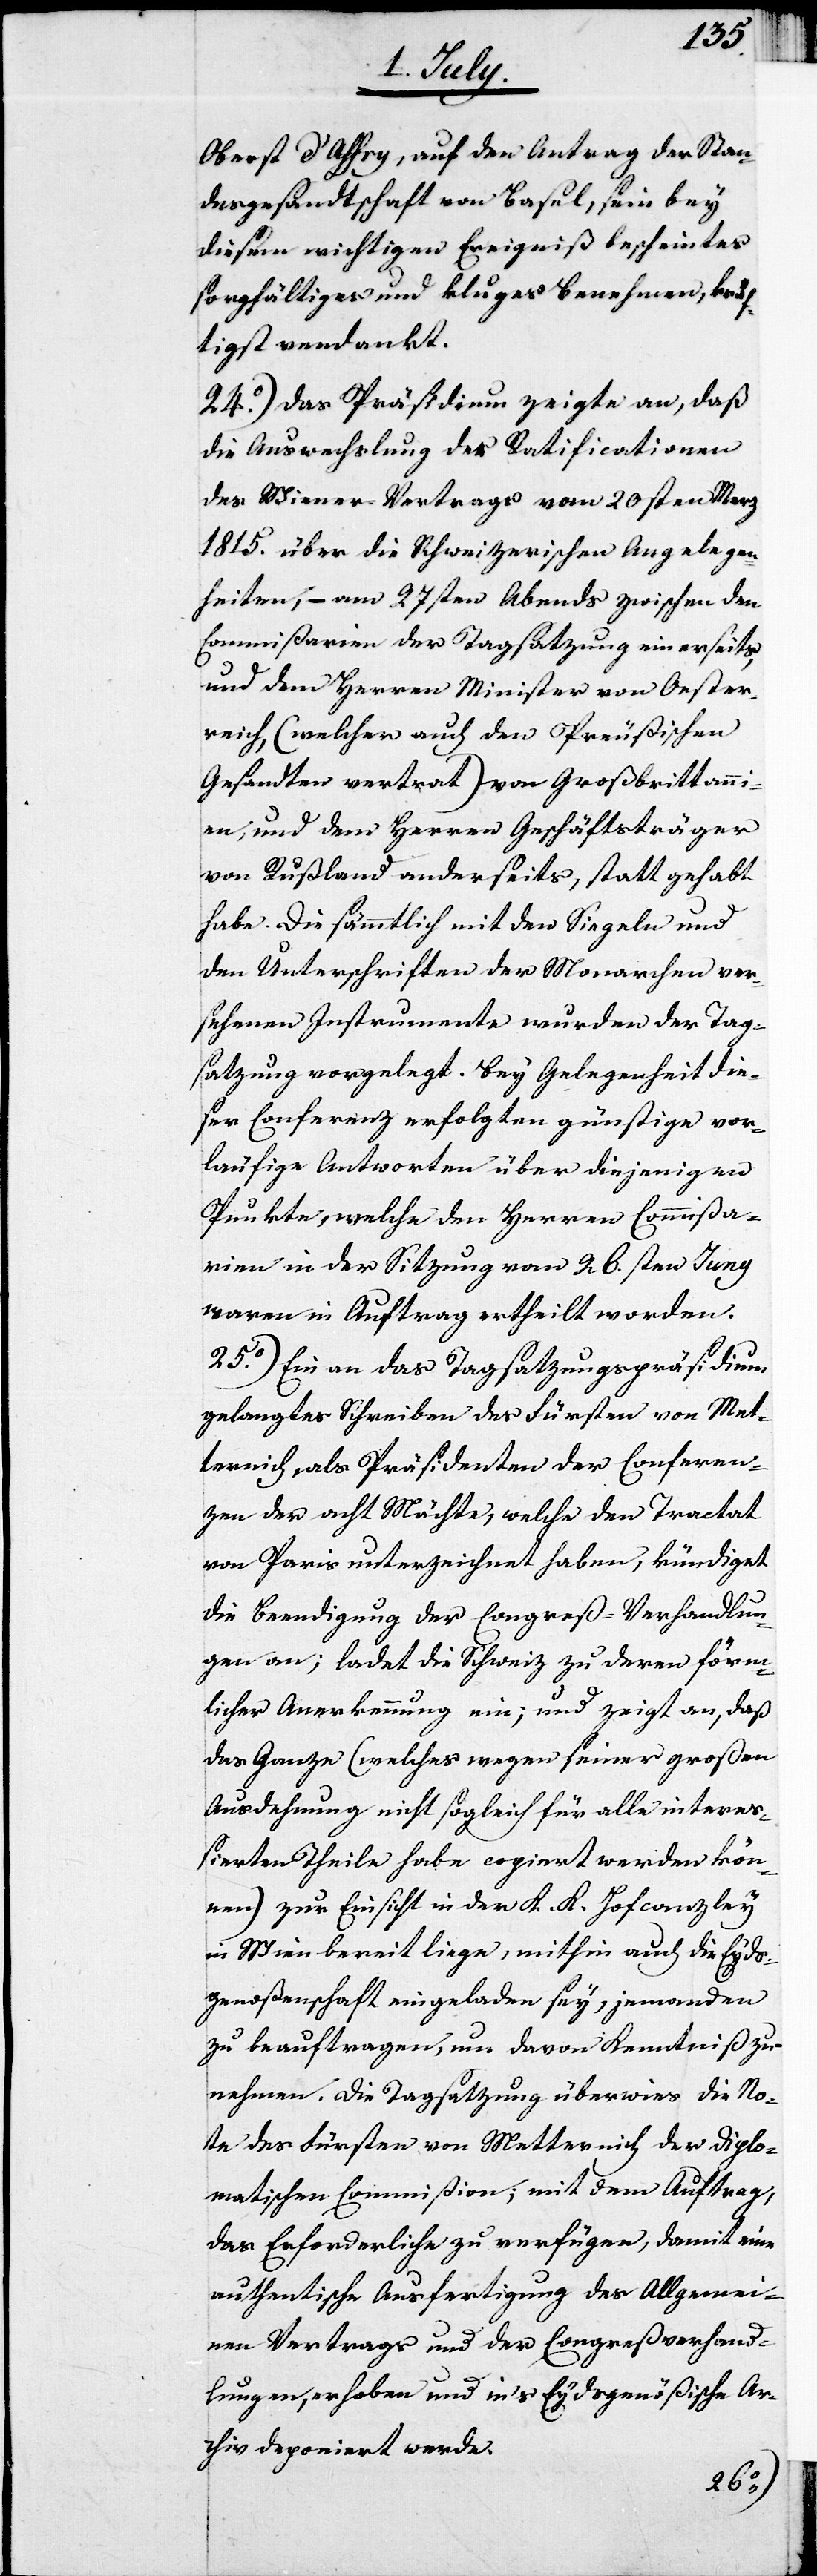
Oberst d’Affry, auf den Antrag der Stan¬
desgesandtschaft von Basel, sein bey
diesem wichtigen Ereignis bescheintes
sorgfältiges und kluges Benehmen, kräf¬
tigst verdankt.
24o) Das Präsidium zeigte an, daß
die Auswechslung der Ratificationen
des Wiener Vertrags vom 20sten Merz
1815. über die Schweizerischen Angelegen¬
heiten, – am 27sten Abends zwischen den
Commißarien der Tagsatzung einerseits,
und dem Herren Minister von Oester¬
reich, (welcher auch den Preußischen
Gesandten vertrat) von Großbrittanni¬
en, und dem Herren Geschäftsträger
von Rußland anderseits, statt gehabt
habe. Die sämmtlich mit den Siegeln und
den Unterschriften der Monarchen ver¬
sehenen Instrumente wurden der Tag¬
satzung vorgelegt. Bey Gelegenheit die¬
ser Conferenz erfolgten günstige vor¬
läufige Antworten über diejenigen
Punkte, welche den Herren Commißa¬
rien in der Sitzung vom 26sten Juny
waren in Auftrag ertheilt worden.
25o) Ein an das Tagsatzungspräsidium
gelangtes Schreiben des Fürsten von Met¬
ternich als Präsidenten der Conferen¬
zen der acht Mächte, welche den Tractat
von Paris unterzeichnet haben, kündiget
die Beendigung der Congreß-Verhandlun¬
gen an; ladet die Schweiz zu deren förm¬
licher Anerkennung ein; und zeigt an, daß
das Ganze (welches wegen seiner großen
Ausdehnung nicht sogleich für alle intereßi¬
erten Theile habe copiert werden kön¬
nen) zur Einsicht in der K. K. Hofcanzley
in Wien bereit liege, mithin auch die Eyds¬
genoßenschaft eingeladen sey, jemanden
zu beauftragen, um davon Kenntniß zu
nehmen. Die Tagsatzung überwies die No¬
te des Fürsten von Metternich der Diplo¬
matischen Commißion; mit dem Auftrag,
das Erforderliche zu verfügen, damit eine
authentische Ausfertigung des Allgemei¬
nen Vertrags und der Congreßverhand¬
lungen, erhoben und ins Eydsgenößische Ar¬
chiv deponiert werde.